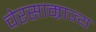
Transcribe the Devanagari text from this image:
चेरसाम्राज्य